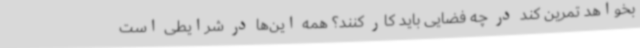
بخواهد تمرین کند در چه فضایی باید کار کنند؟ همه این‌ها در شرایطی است